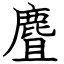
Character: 麆